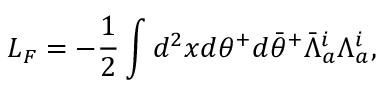
L _ { F } = - \frac { 1 } { 2 } \int d ^ { 2 } x d \theta ^ { + } d { \bar { \theta } } ^ { + } { \bar { \Lambda } } _ { a } ^ { i } \Lambda _ { a } ^ { i } ,